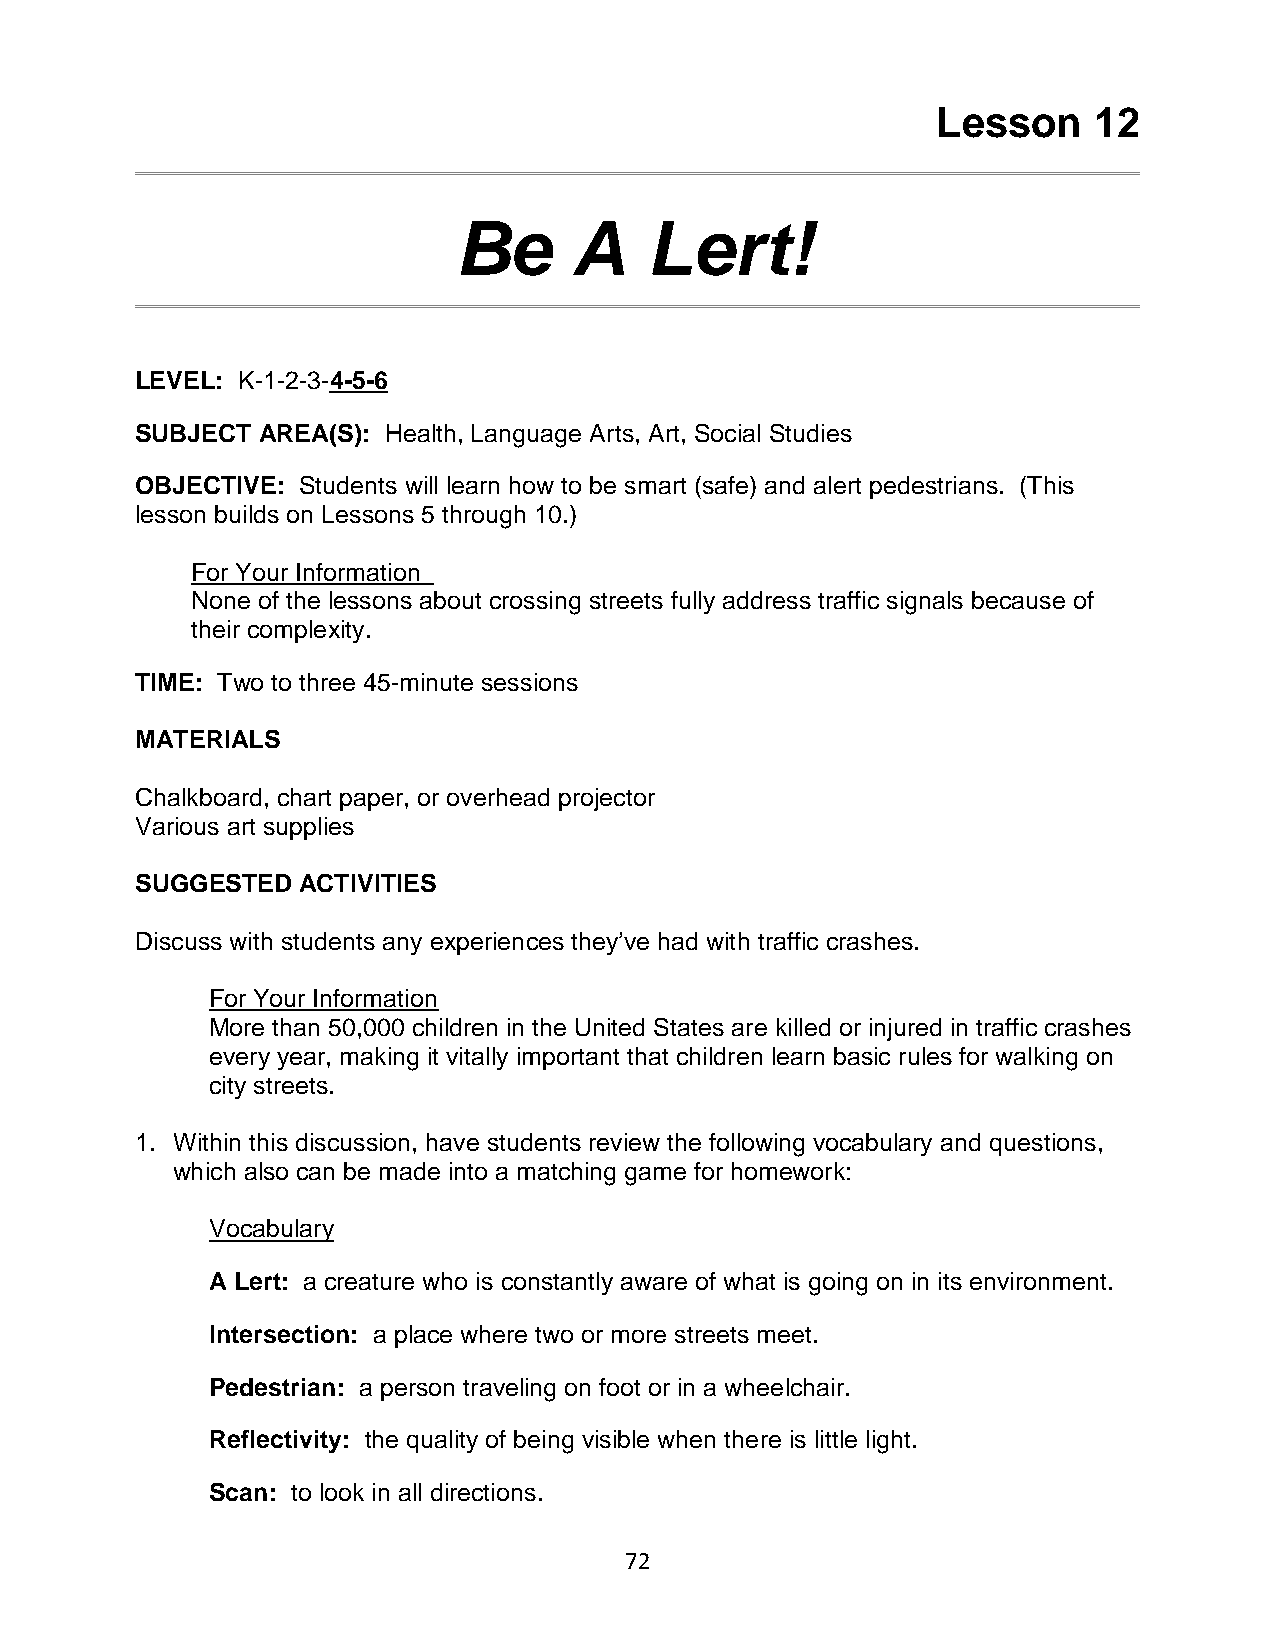
Lesson    12
 Be      A    Lert!
 LEVEL: K-1-2-3-4-5-6
 SUBJECT AREA(S): Health, Language Arts, Art, Social Studies
 OBJECTIVE: Students will learn how to be smart (safe) and alert pedestrians. (This
 lesson builds on Lessons 5 through 10.)
 For Your Information
 None of the lessons about crossing streets fully address traffic signals because of
 their complexity.
 TIME: Two to three 45-minute sessions
 MATERIALS
 Chalkboard, chart paper, or overhead projector
 Various art supplies
 SUGGESTED  ACTIVITIES
 Discuss with students any experiences they’ve had with traffic crashes.
 For Your Information
 More than 50,000 children in the United States are killed or injured in traffic crashes
 every year, making it vitally important that children learn basic rules for walking on
 city streets.
 1. Within this discussion, have students review the following vocabulary and questions,
 which also can be made into a matching game for homework:
 Vocabulary
 A Lert: a creature who is constantly aware of what is going on in its environment.
 Intersection: a place where two or more streets meet.
 Pedestrian: a person traveling on foot or in a wheelchair.
 Reflectivity: the quality of being visible when there is little light.
 Scan: to look in all directions.
 72